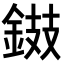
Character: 𨧾